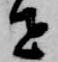
せ